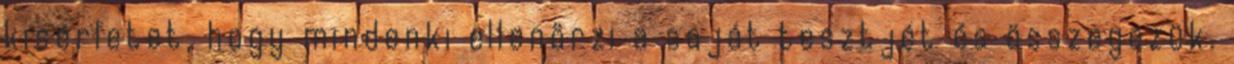
kisérletet, hogy mindenki ellenörzi a saját tesztjét és összegezük.